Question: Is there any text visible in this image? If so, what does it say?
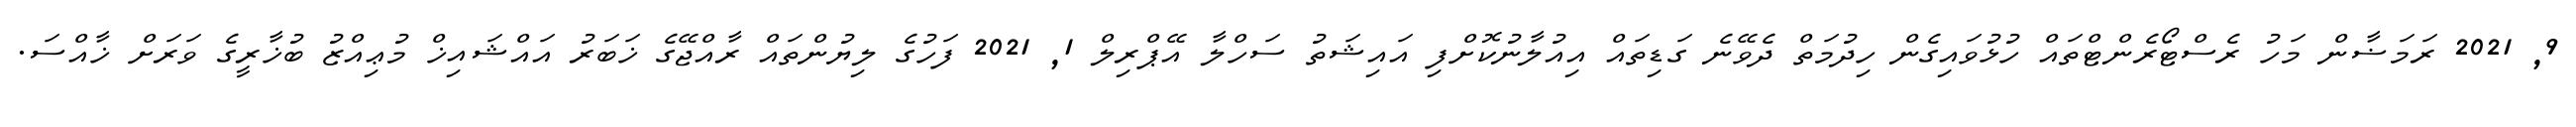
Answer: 9, 2021 ރަމަޟާން މަހު ރެސްޓޯރެންޓްތައް ހުޅުވައިގެން ހިދުމަތް ދެވޭނެ ގަޑިތައް އިއުލާނުކޮށްފި އައިޝަތު ސަހްލާ އޭޕްރިލް 1, 2021 ފަހުގެ ލިޔުންތައް ރާއްޖޭގެ ޚަބަރު އައްޝައިޚް މުޢިއްޒު ބުޚާރީގެ ވަރަށް ޚާއްސަ.